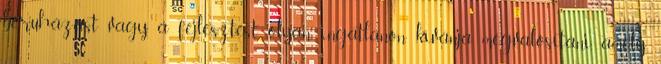
beruházást vagy a fejlesztést olyan ingatlanon kívánja megvalósítani, amely